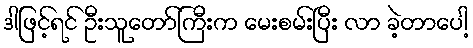
ဒါဖြင့်ရင် ဦးသူတော်ကြီးက မေးစမ်းပြီး လာ ခဲ့တာပေါ့